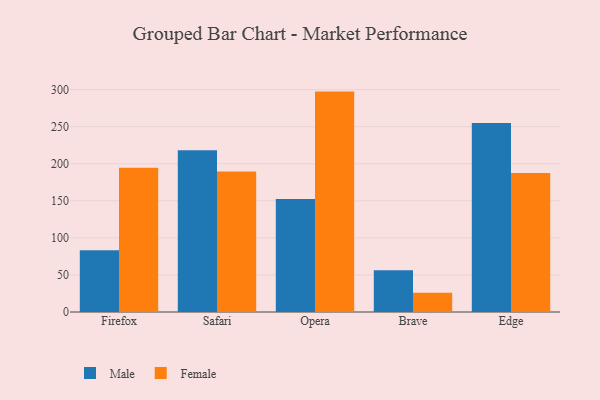
{"axis": {"x": "Browser", "y": "Market Share (%)"}, "legend": ["Female", "Male"], "data": [{"x": "Firefox", "y": 83.4, "type": "Male"}, {"x": "Firefox", "y": 194.7, "type": "Female"}, {"x": "Safari", "y": 218.3, "type": "Male"}, {"x": "Safari", "y": 189.5, "type": "Female"}, {"x": "Opera", "y": 152.3, "type": "Male"}, {"x": "Opera", "y": 297.3, "type": "Female"}, {"x": "Brave", "y": 56.2, "type": "Male"}, {"x": "Brave", "y": 26.1, "type": "Female"}, {"x": "Edge", "y": 255.0, "type": "Male"}, {"x": "Edge", "y": 187.6, "type": "Female"}]}